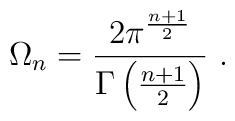
\Omega_n =\frac{2\pi^{\frac{n+1}{2}}}{\Gamma\left(\frac{n+1}{2}\right)}\ .